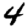
Digit: 4